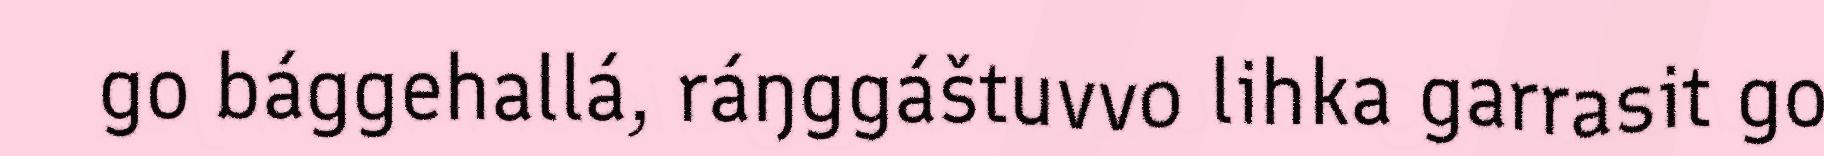
go bággehallá, ráŋggáštuvvo lihka garrasit go